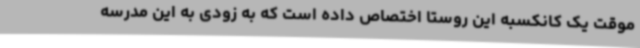
موقت یک کانکسبه این روستا اختصاص داده است که به زودی به این مدرسه